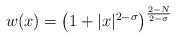
LaTeX: \begin{align*}w(x)=\bigl( 1+|x|^{2-\sigma}\bigl)^{\frac{2-N}{2-\sigma}}\end{align*}